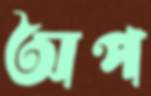
অপ